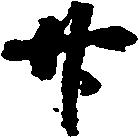
廿